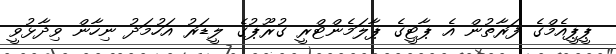
ޕީޕީއެމްގެ ފަރާތުން އެ ޕާޓީގެ ޕާލަމެންޓްރީ ގުރޫޕުގެ ލީޑަރު އަހުމަދު ނިހާން ވިދާޅުވީ